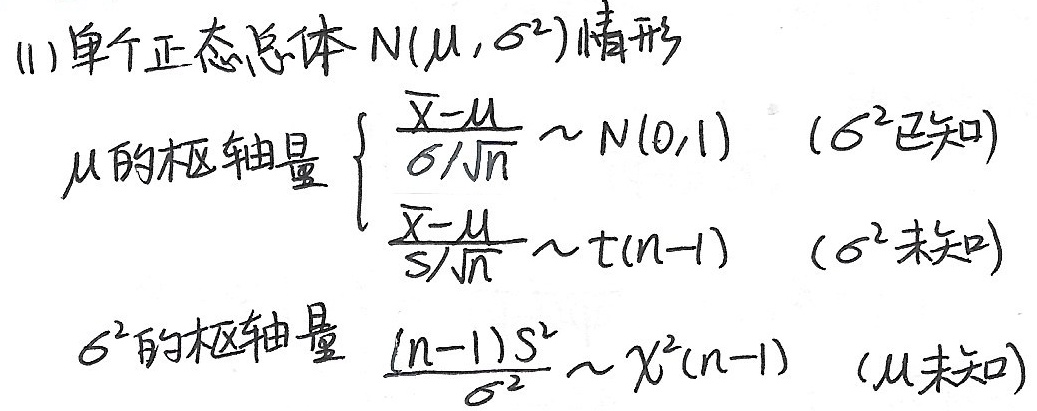
(1) 单个正态总体 \(N(\mu,\sigma^{2})\)情形
\(\mu\)的枢轴量
\(\begin{cases}
\frac{\overline{X}-\mu}{\sigma/\sqrt{n}} \sim N(0,1) & (\sigma^{2}已知) \\
\frac{\overline{X}-\mu}{S/\sqrt{n}} \sim t(n - 1) & (\sigma^{2}未知)
\end{cases}\)
\(\sigma^{2}\)的枢轴量 \(\frac{(n - 1)S^{2}}{\sigma^{2}} \sim \chi^{2}(n - 1)\) (\(\mu\)未知)